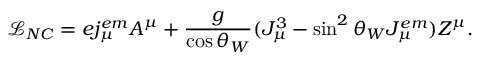
{ \mathcal { L } } _ { N C } = e j _ { \mu } ^ { e m } A ^ { \mu } + { \frac { g } { \cos \theta _ { W } } } ( J _ { \mu } ^ { 3 } - \sin ^ { 2 } \theta _ { W } J _ { \mu } ^ { e m } ) Z ^ { \mu } .